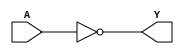
module sky130_fd_sc_hd__inv_5 (
    Y,
    A
);
    output Y;
    input  A;
    wire not0_out_Y;
    not not0 (not0_out_Y, A              );
    buf buf0 (Y         , not0_out_Y     );
endmodule